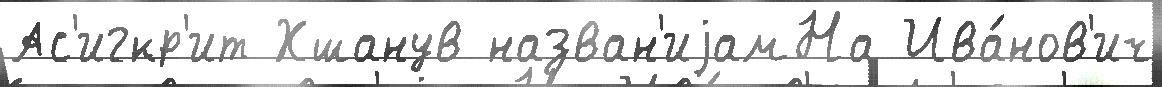
Ас'игкр'ит Хшанув назван'иjамНа Ива́нов'ич